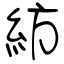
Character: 紡